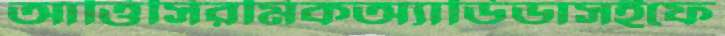
আত্তিসিরমিকঅ্যাডিডাসইফে